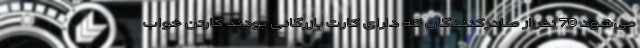
می‌شود 70 نفر از صادرکنندگان که دارای کارت بازرگانی بودند کارتن خواب